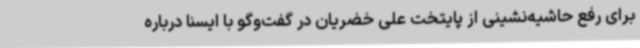
برای رفع حاشیه‌نشینی از پایتخت علی خضریان در گفت‌وگو با ایسنا درباره